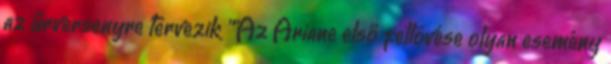
az űrversenyre tervezik ""Az Ariane első fellövése olyan esemény